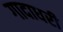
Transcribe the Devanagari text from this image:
गादाधरी